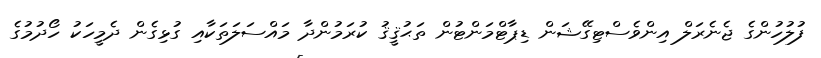
ފުލުހުންގެ ޖެނެރަލް އިންވެސްޓިގޭޝަން ޑިޕާޓްމަންޓުން ތަޙުޤީޤު ކުރަމުންދާ މައްސަލަތަކާއި ގުޅިގެން ދެމީހަކު ހޯދުމުގެ